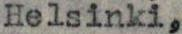
Helsinki,